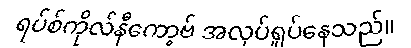
ရပ်စ်ကိုလ်နီကော့ဗ် အလုပ်ရှုပ်နေသည်။